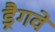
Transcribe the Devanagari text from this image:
ड्रैगवे